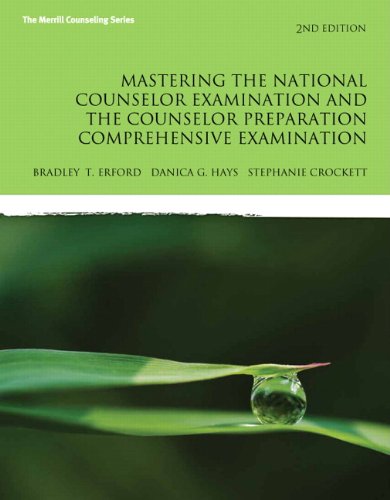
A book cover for Mastering the National Counselor Exam and the Counselor Preparation Comprehensive Examination (2nd Edition); Bradley T. Erford; Education & Teaching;